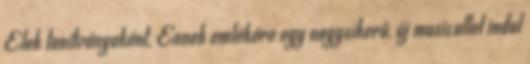
Elek tanítványaként. Ennek emlékére egy nagysikerű, új musicallel indul